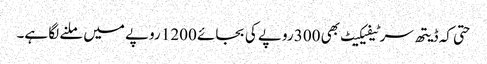
حتی کہ ڈیتھ سرٹیفیکیٹ بھی 300 روپے کی بجائے 1200 روپے میں ملنے لگا ہے۔